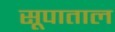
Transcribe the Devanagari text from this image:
सूपाताल